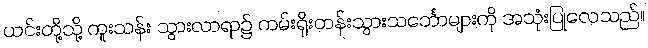
ယင်းတို့သို့ ကူးသန်း သွားလာရာ၌ ကမ်းရိုးတန်းသွားသင်္ဘောများကို အသုံးပြုလေသည်။